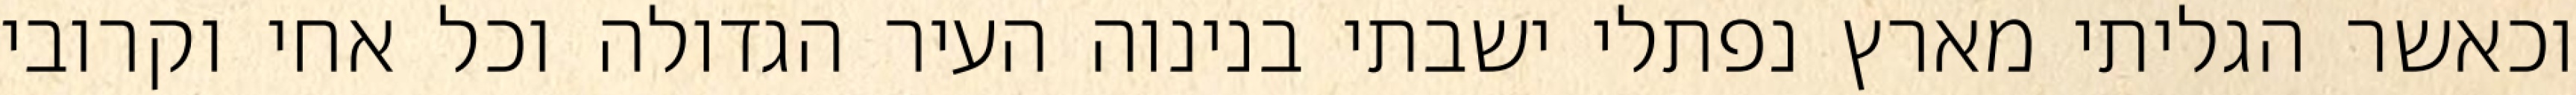
וכאשר הגליתי מארץ נפתלי ישבתי בנינוה העיר הגדולה וכל אחי וקרובי